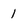
Character: 1